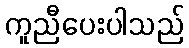
ကူညီပေးပါသည်